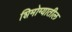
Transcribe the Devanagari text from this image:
शिमोग्यातील